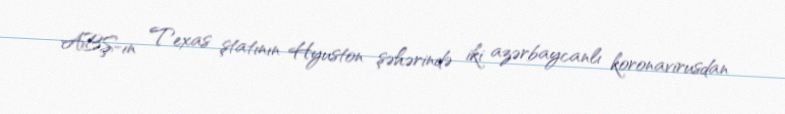
ABŞ-ın Texas ştatının Hyuston şəhərində iki azərbaycanlı koronavirusdan